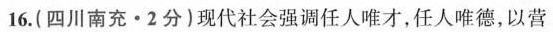
16.(四川南充·2分)现代社会强调任人唯才，任人唯德，以营